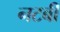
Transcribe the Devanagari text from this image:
नटबी